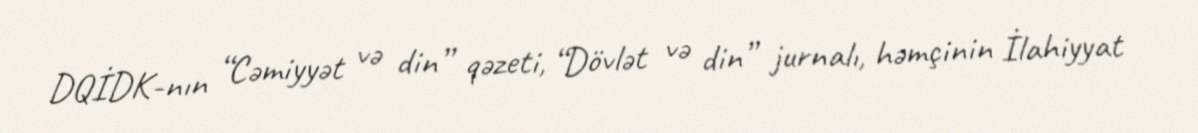
DQİDK-nın “Cəmiyyət və din” qəzeti, “Dövlət və din” jurnalı, həmçinin İlahiyyat